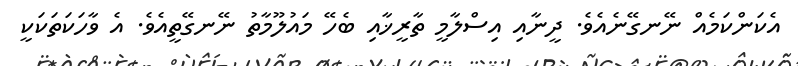
އެކަންކަމެއް ނޭނގޭނެއެވެ. ދީނާއި އިސްލާމީ ތާރީޚާއި ބެހޭ މައުލޫމާތު ނޭނގޭތީއެވެ. އެ ވާހަކަތަކަކީ